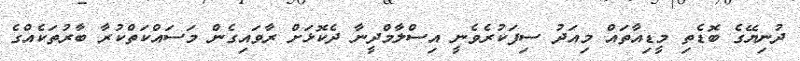
ދުނިޔޭގެ ބޮޑެތި މީޑިއާތައް މިއަދު ސިފަކުރެވެނީ އިސްލާމްދީނާ ދެކޮޅަށް ރާވައިގެން މަސައްކަތްކުރާ ބާރުތަކެއްގެ